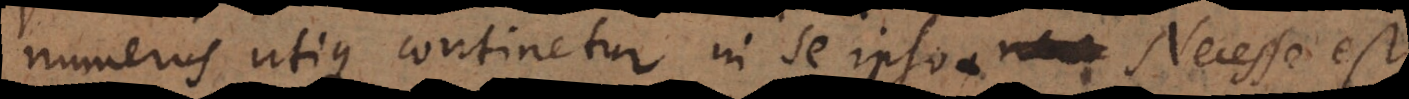
numerus utique continetur in se ipso. Necesse est